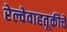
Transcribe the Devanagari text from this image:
रेल्वेवाहतूकीचे